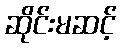
ဆိုင်းမဆင့်